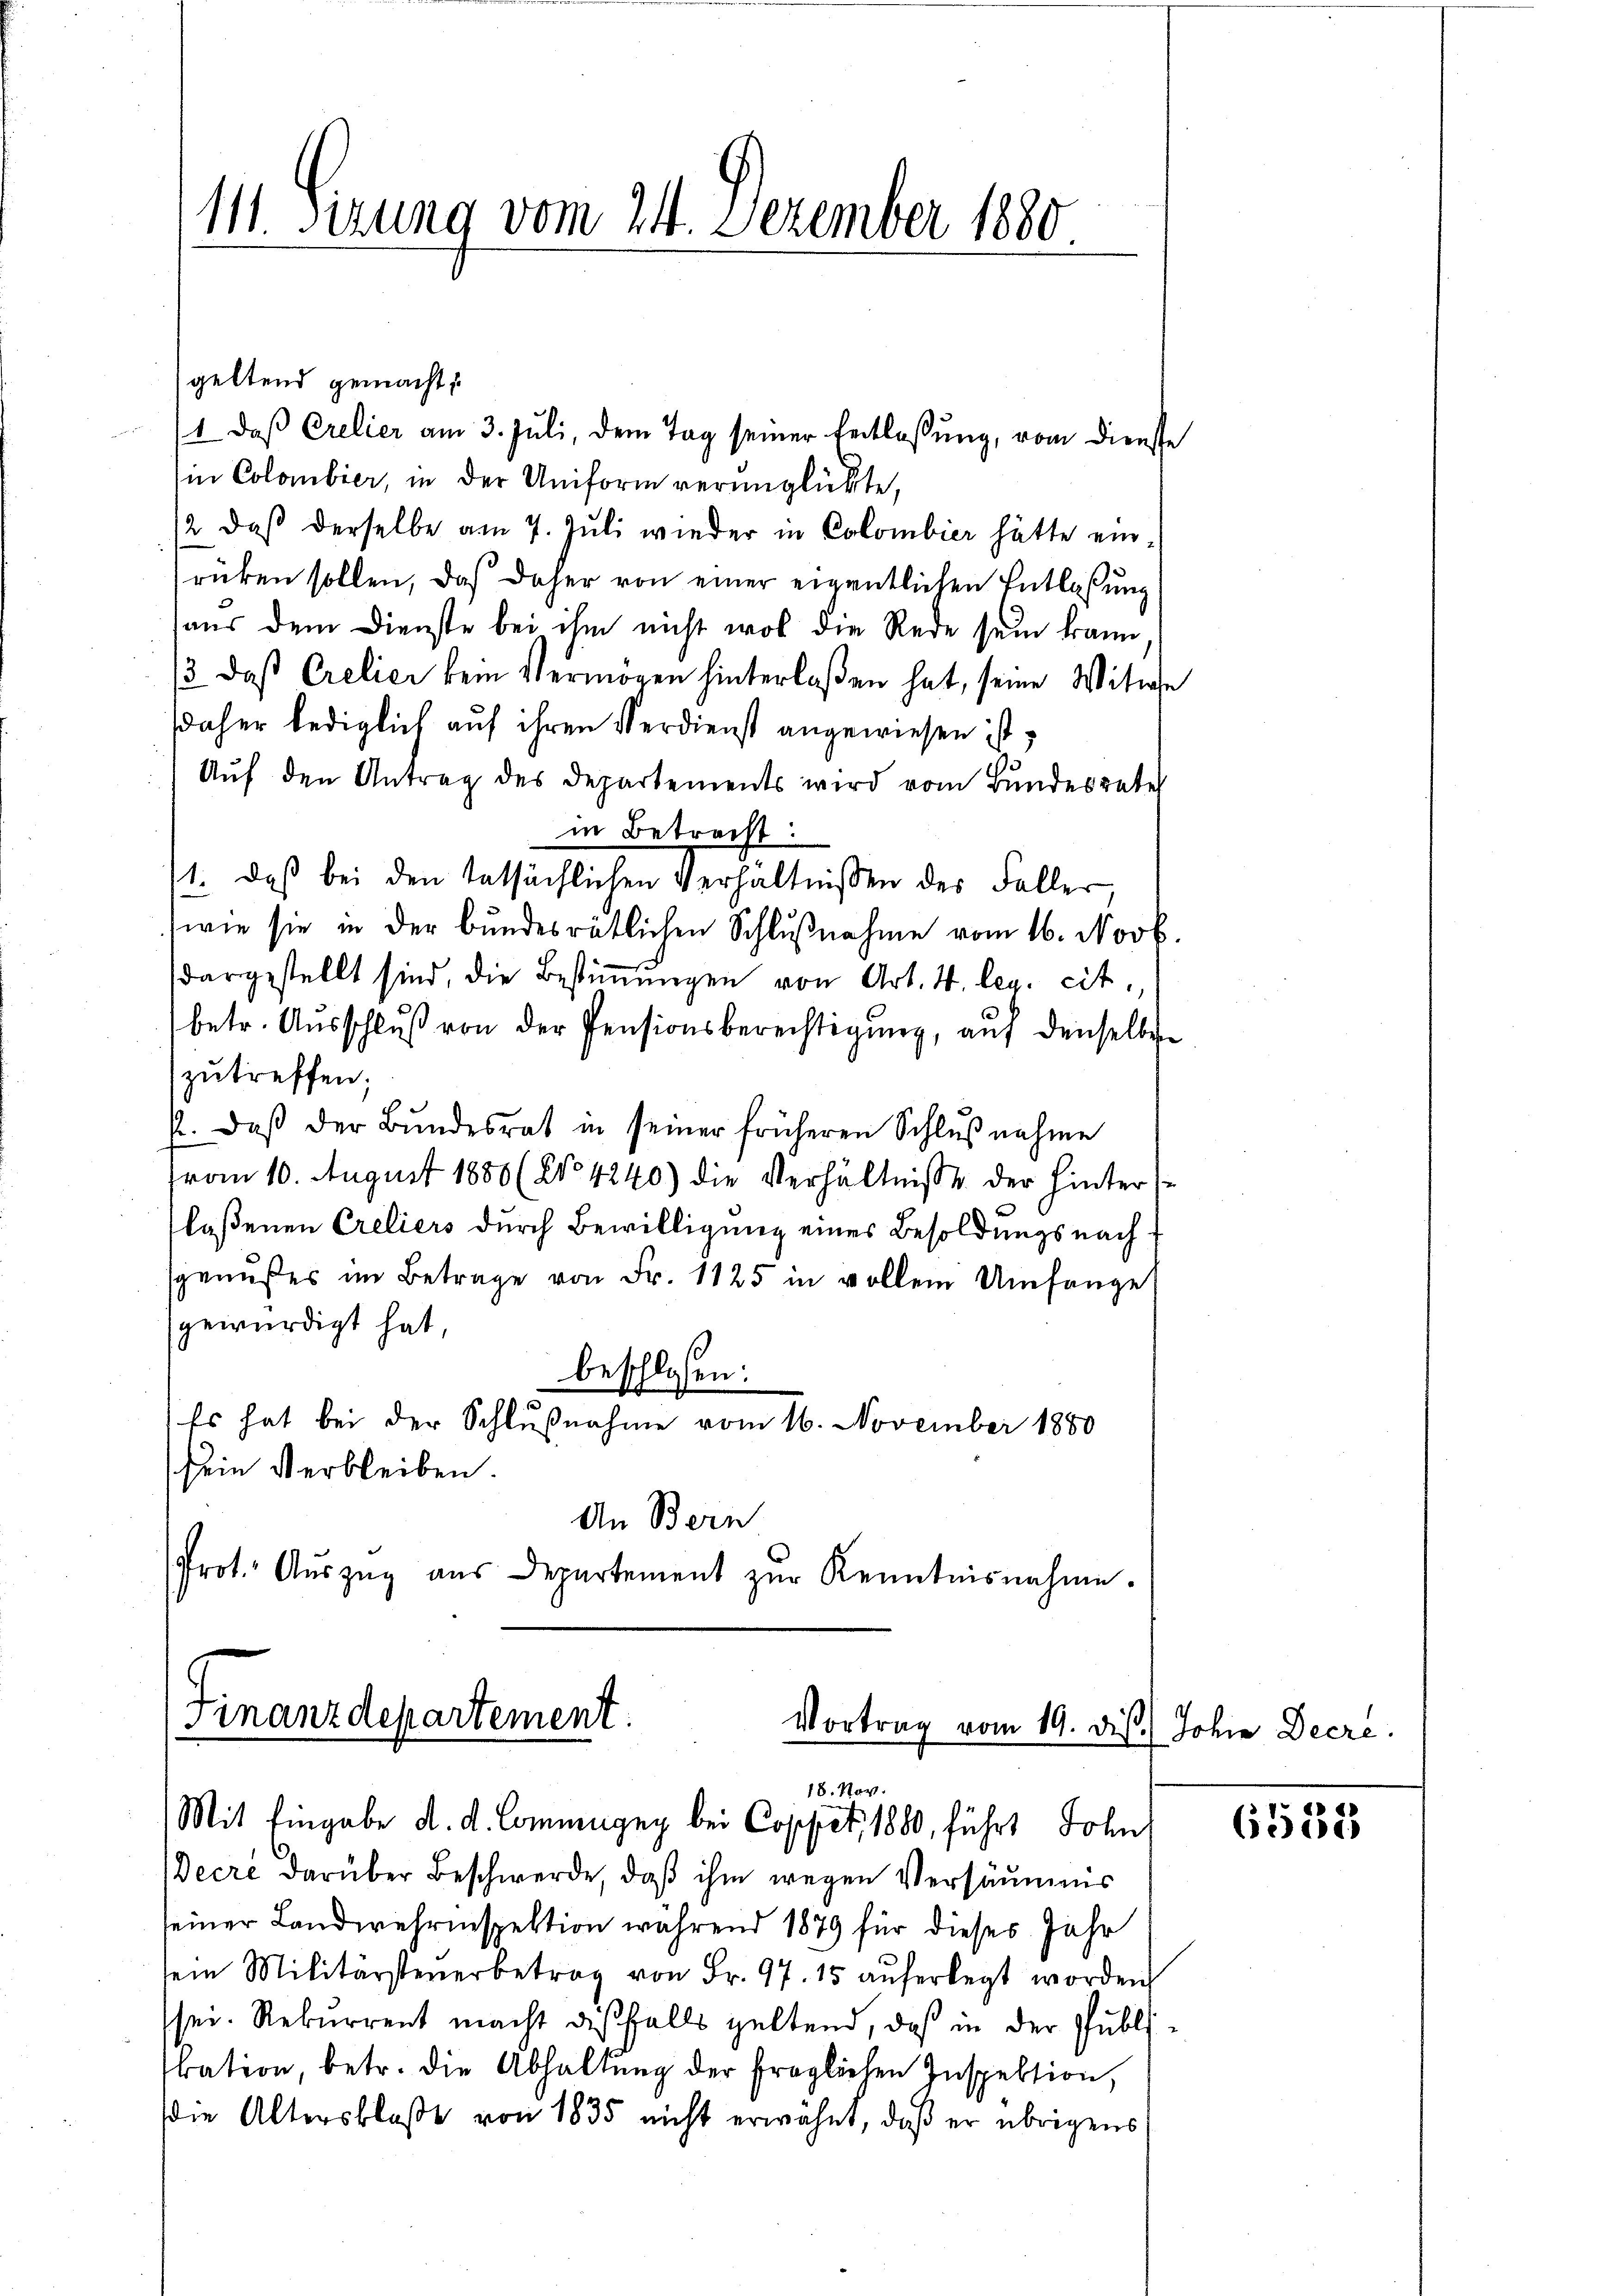
111 Sizung vom 24. Dezember 1880

geltend gemacht.
1. daβ Crelier am 3. Juli, dem Tag seiner Entlassung, vom Dienste
in Colombier, in der Uniform verunglückte,
2 daß derselbe am 7. Juli wieder in Colombier hätte ein
rücken sollen, daß daher von einer eigentlichen Entlaßung
aus dem Dienste bei ihm nicht wol die Rede sein kann
13. daß Crelier kein Vermögen hinterlaßen hat, seine Witwe
daher lediglich auf ihren Verdienst angewiesen ist,
Auf den Antrag des Departements wird vom Bundesrater
in Betracht:
11. daß bei den tatsächlichen Verhältnissen des Faller,
wie sie in der Bŭndesrätlichen Schlŭβnahme vom 16. Novb.
dargestellt sind, die Bestiṁŭngen von Art. 4. leg. cit.
betr. Ausschluß von der Pensionsberechtigung, auf denselben
zutreffen;
p. Daß der Bundesrat in seiner früheren Schlußnahme
vom 10. August 1880 (No 4240) die Verhältnisse der hinter-
laßenen Creliers durch Bewilligung eines Besoldungsnachsgenußes im Betrage von Fr. 1125 in vollem Umfange
gewürdigt hat,
beschlossen:
Es hat bei der Schlußnahme vom 16. November 1880
sein Verbleiben.
An Bern
Prot. Aŭszŭg aŭs Departement zŭr Kenntnisnahme.

Finanzdepartement.
Vortrag vom 19. dis. Johne Decre
18. Nov.
Mit Eingabe d. d. Commigny bei Coppet, 1880, führt John

Decre darüber Beschwerde, daß ihm wegen Versäumens
seiner Landwehrinspektion während 1879 für dieses Jahr
sein Militärsteuerbetrag von Fr. 97. 15 aŭferlegt worden
sei. Rekurrent macht diesfalls geltend, daß in der Publibation, betr. die Abhaltŭng der fraglichen Inspektion,
die Altersblaße von 1835 nicht erwähnt, daß er übrigens

6551